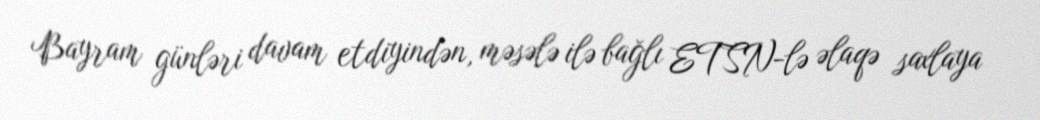
Bayram günləri davam etdiyindən, məsələ ilə bağlı ETSN-lə əlaqə saxlaya